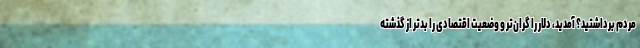
مردم برداشتید؟ آمدید، دلار را گران‌تر و وضعیت اقتصادی را بدتر از گذشته